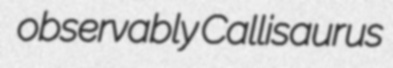
observably Callisaurus